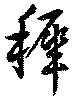
穉